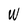
Character: W